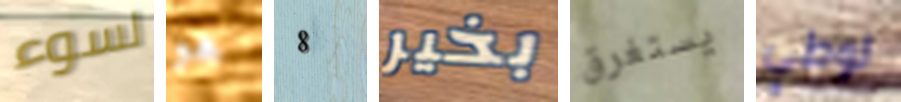
لسوء هو 8 بخير يستغرق لوطي